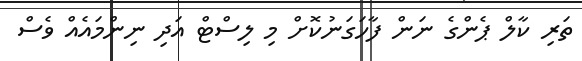
ތަރި ކާލް ޕެންގެ ނަން ފާހަގަނުކޮށް މި ލިސްޓް އަދި ނިންމައެއް ވެސް